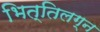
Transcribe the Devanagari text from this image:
भित्तिलग्न